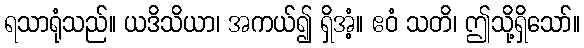
ရသာရုံသည်။ ယဒိသိယာ၊ အကယ်၍ ရှိအံ့။ ဧဝံ သတိ၊ ဤသို့ရှိသော်။